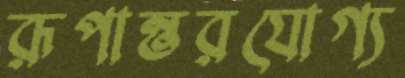
রূপান্তরযোগ্য